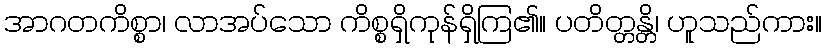
အာဂတကိစ္စာ၊ လာအပ်သော ကိစ္စရှိကုန်ရှိကြ၏။ ပတိတ္တန္တိ၊ ဟူသည်ကား။